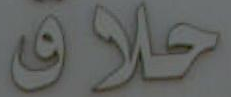
حلاق